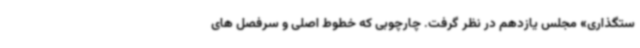
ستگذاری» مجلس یازدهم در نظر گرفت. چارچوبی که خطوط اصلی و سرفصل های